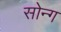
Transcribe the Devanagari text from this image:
सोन्ग